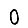
Digit: 0